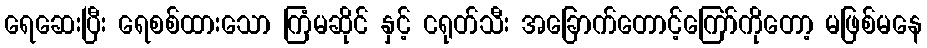
ရေဆေးပြီး ရေစစ်ထားသော ကြံမဆိုင် နှင့် ငရုတ်သီး အခြောက်တောင့်ကြော်ကိုတော့ မဖြစ်မနေ